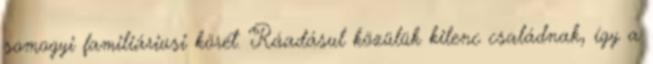
somogyi familiáriusi körét. Ráadásul közülük kilenc családnak, így a